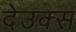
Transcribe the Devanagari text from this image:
देउक्स